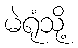
မဲရုံသို့